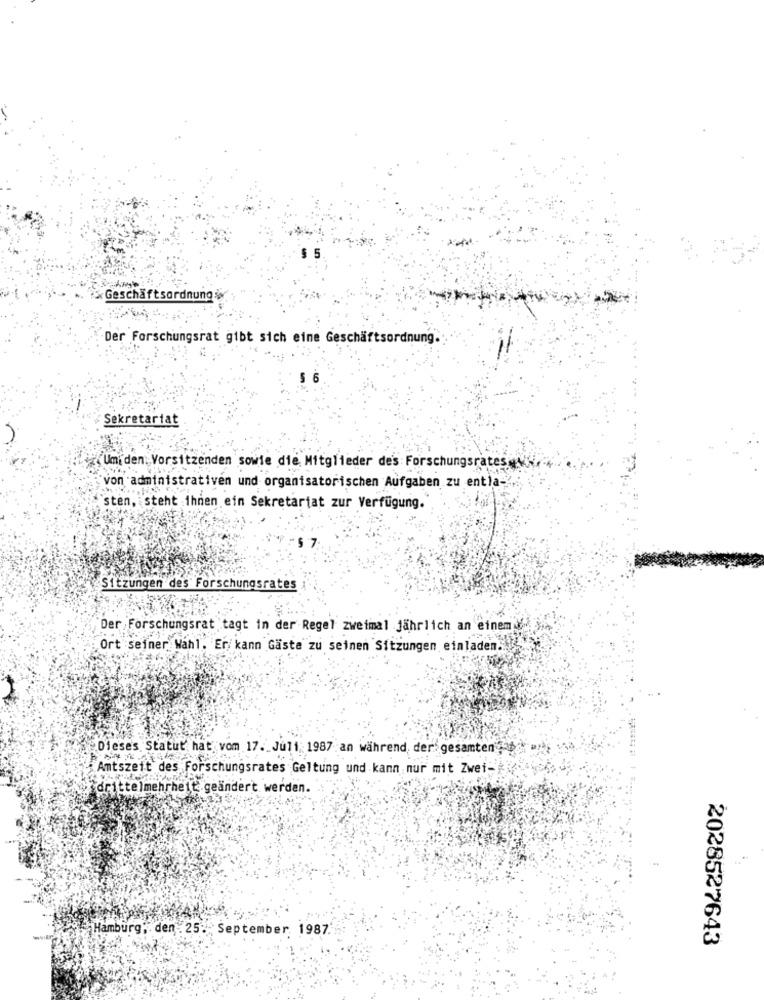
Geschäftsordnung
Der Forschungsrat gibt sich eine Geschäftsordnung .:
Sekretariat
(Umi den Vorsitzenden sowie die Mitglieder des Forschungsrates
von administrativen und organisatorischen Aufgaben zu entia-
sten, steht ihnen ein Sekretariat zur Verfügung.
Sitzungen des Forschungsrates
Der Forschungsrat tagt in der Regel zweimal jährlich an einem
Ort seiner Wahl, Er/ kann Gaste zu seinen Sitzungen einladen ...
Dieses Statut hat vom 17. Jul1; 1987 an während, der gesamten",
Amtszeit des Forschungsrates Geltung und kann nur mit Zwei-
`drittelmehrheit geändert werden.
Hamburg, den 25. September 1987
2028527643